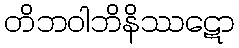
တိဘဝါဘိနိဿဋော